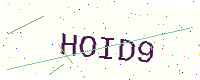
Text: HOID9